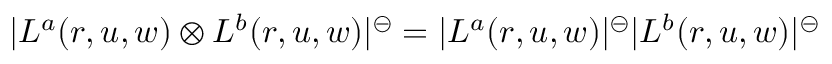
| L ^ { a } ( r , u , w ) \otimes L ^ { b } ( r , u , w ) | ^ { \circleddash } = | L ^ { a } ( r , u , w ) | ^ { \circleddash } | L ^ { b } ( r , u , w ) | ^ { \circleddash }